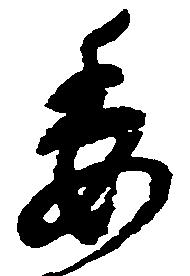
委